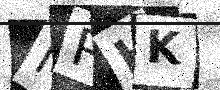
Text: MRHK